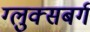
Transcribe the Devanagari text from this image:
ग्लुक्सबर्ग